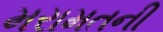
મરામતની